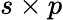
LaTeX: s\times p